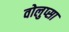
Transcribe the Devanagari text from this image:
वोलुप्सा